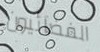
الفضائيون